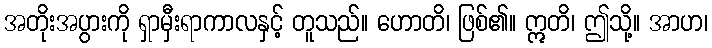
အတိုးအပွားကို ရှာမှီးရာကာလနှင့် တူသည်။ ဟောတိ၊ ဖြစ်၏။ ဣတိ၊ ဤသို့။ အာဟ၊